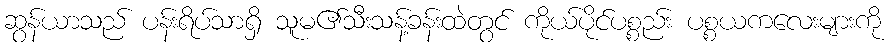
ဆွန်ယာသည် ပန်းရိပ်သာရှိ သူမ၏သီးသန့်ခန်းထဲတွင် ကိုယ်ပိုင်ပစ္စည်း ပစ္စယကလေးများကို